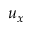
u _ { x }